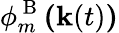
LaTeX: \phi_{m}^{\mathrm{~B~}}\textbf{(}\textbf{k}(t)\textbf{)}